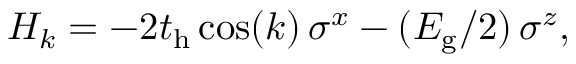
\begin{array} { r } { H _ { k } = - 2 t _ { \mathrm { h } } \cos ( k ) \, \sigma ^ { x } - ( E _ { \mathrm { g } } / 2 ) \, \sigma ^ { z } , } \end{array}